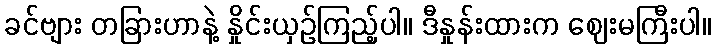
ခင်ဗျား တခြားဟာနဲ့ နှိုင်းယှဉ်ကြည့်ပါ။ ဒီနှုန်းထားက ဈေးမကြီးပါ။